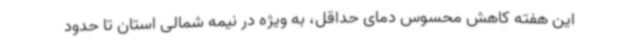
این هفته کاهش محسوس دمای حداقل، به ویژه در نیمه شمالی استان تا حدود